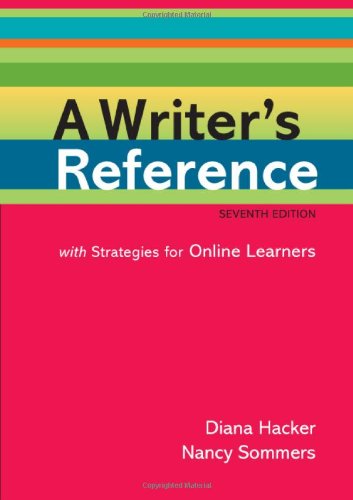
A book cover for A Writer's Reference with Strategies for Online Learners; Diana Hacker; Reference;